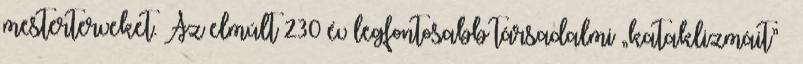
mesterterveket. Az elmúlt 230 év legfontosabb társadalmi „kataklizmáit” –